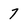
Character: 7